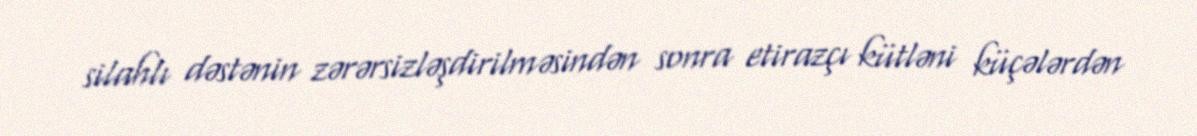
silahlı dəstənin zərərsizləşdirilməsindən sonra etirazçı kütləni küçələrdən